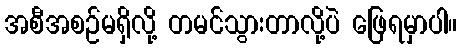
အစီအစဉ်မရှိလို့ တမင်သွားတာလို့ပဲ ဖြေရမှာပါ။